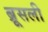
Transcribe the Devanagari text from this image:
ब्रूसली